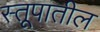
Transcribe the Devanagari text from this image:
स्तूपातील